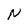
Character: N